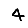
Digit: 4